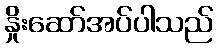
နှိုးဆော်အပ်ပါသည်